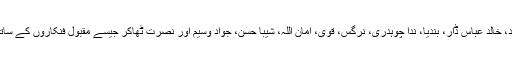
یہ دونوں اداکار سہیل احمد، خالد عباس ڈار، بندیا، ندا چوہدری، نرگس، قوی، امان اللہ، شیبا حسن، جواد وسیم اور نصرت ٹھاکر جیسے مقبول فنکاروں کے ساتھ پرفارم کیا کرتے تھے۔